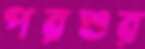
পরশুর